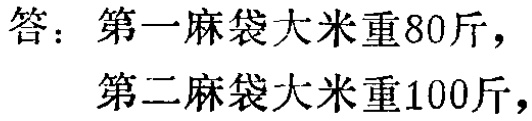
答：第一麻袋大米重80斤，第二麻袋大米重100斤，